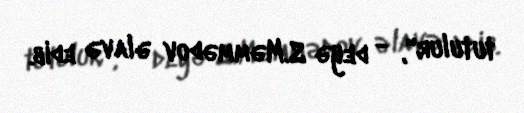
tutulur", - deyə S.Məmmədov əlavə edib.